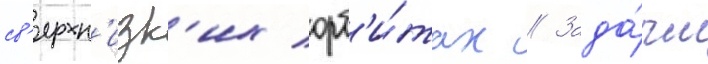
св'ерхн'изк'их орб'и́тах // Зада́чи